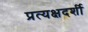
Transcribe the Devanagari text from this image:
प्रत्‍यक्षदर्शी